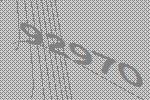
92970